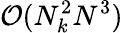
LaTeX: \mathcal O(N_{k}^{2}N^{3})